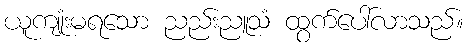
ယူကျုံးမရသော ညည်းညူသံ ထွက်ပေါ်လာသည်။